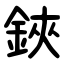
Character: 鋏